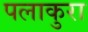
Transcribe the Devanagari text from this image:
पलाकुरा